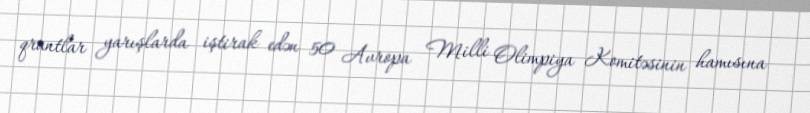
qrantlar yarışlarda iştirak edən 50 Avropa Milli Olimpiya Komitəsinin hamısına